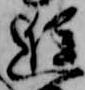
進